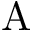
\mathrm { A }